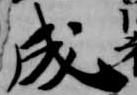
成